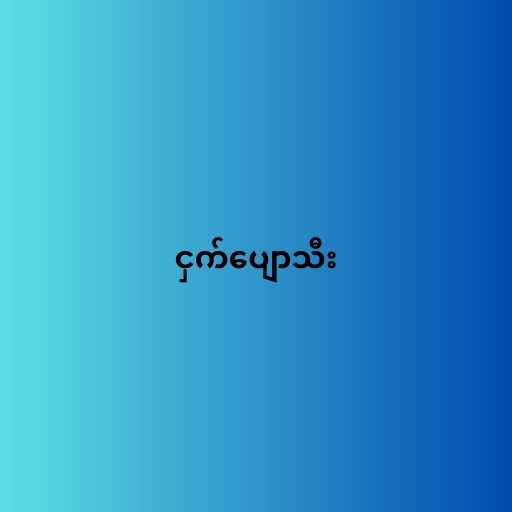
ငှက်ပျောသီး